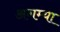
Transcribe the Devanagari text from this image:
अगम्या